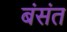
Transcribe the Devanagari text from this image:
बंसंत